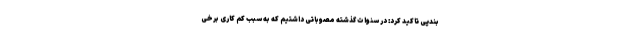
بندپی تاکید کرد: در سنوات گذشته مصوباتی داشتیم که به سبب کم کاری برخی